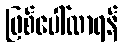
ဖြစ်ပေါ်လာရန်